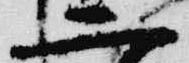
二